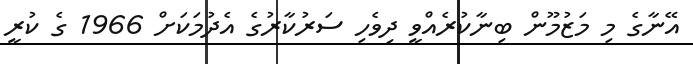
އޭނާގެ މި މަޒުމޫން ބިނާކުރެއްވީ ދިވެހި ސަރުކާރުގެ އެދުމަކަށް 1966 ގެ ކުރީ